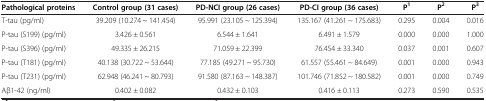
<table><thead><tr><td><b>Pathological proteins</b></td><td><b>Control group (31 cases)</b></td><td><b>PD-NCI group (26 cases)</b></td><td><b>PD-CI group (36 cases)</b></td><td><b>P<sup>1</sup></b></td><td><b>P<sup>2</sup></b></td><td><b>P<sup>3</sup></b></td></tr></thead><tbody><tr><td>T-tau (pg/ml)</td><td>39.209 (10.274 ~ 141.454)</td><td>95.991 (23.105 ~ 125.394)</td><td>135.167 (41.261 ~ 175.683)</td><td>0.295</td><td>0.004</td><td>0.016</td></tr><tr><td>P-tau (S199) (pg/ml)</td><td>3.426 ± 0.561</td><td>6.544 ± 1.641</td><td>6.491 ± 1.579</td><td>0.000</td><td>0.000</td><td>1.000</td></tr><tr><td>P-tau (S396) (pg/ml)</td><td>49.335 ± 26.215</td><td>71.059 ± 22.399</td><td>76.454 ± 33.340</td><td>0.037</td><td>0.001</td><td>0.607</td></tr><tr><td>P-tau (T181) (pg/ml)</td><td>40.138 (30.722 ~ 53.644)</td><td>77.185 (49.271 ~ 95.730)</td><td>61.557 (55.461 ~ 84.649)</td><td>0.001</td><td>0.000</td><td>0.943</td></tr><tr><td>P-tau (T231) (pg/ml)</td><td>62.948 (46.241 ~ 80.793)</td><td>91.580 (87.163 ~ 148.387)</td><td>101.746 (71.852 ~ 180.582)</td><td>0.001</td><td>0.000</td><td>0.749</td></tr><tr><td>Aβ1-42 (ng/ml)</td><td>0.402 ± 0.082</td><td>0.432 ± 0.103</td><td>0.416 ± 0.113</td><td>0.273</td><td>0.590</td><td>0.535</td></tr></tbody></table>